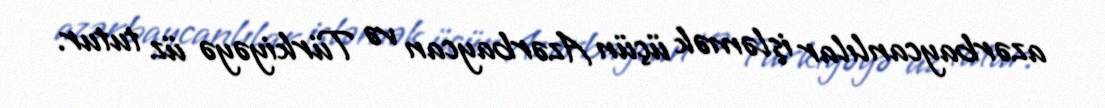
azərbaycanlılar işləmək üçün Azərbaycan və Türkiyəyə üz tutur.